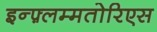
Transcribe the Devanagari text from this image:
इन्फ़्लम्मतोरिएस